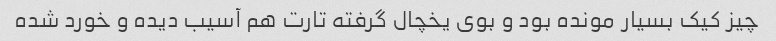
چیز کیک بسیار مونده بود و بوی یخچال گرفته تارت هم آسیب دیده و خورد شده